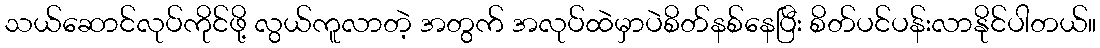
သယ်ဆောင်လုပ်ကိုင်ဖို့ လွယ်ကူလာတဲ့ အတွက် အလုပ်ထဲမှာပဲစိတ်နစ်နေပြီး စိတ်ပင်ပန်းလာနိုင်ပါတယ်။